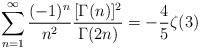
\begin{align*}\sum_{n=1}^\infty\frac{(-1)^n}{n^2}\frac{[\Gamma(n)]^2}{\Gamma(2n)}=-\frac{4}{5}\zeta(3)\end{align*}